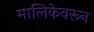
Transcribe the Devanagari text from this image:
मालिकेवरून